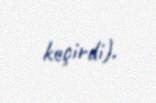
keçirdi).